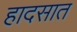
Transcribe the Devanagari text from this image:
हादसात